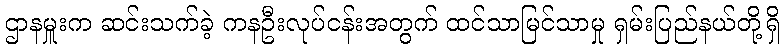
ဌာနမှူးက ဆင်းသက်ခဲ့ ကနဦးလုပ်ငန်းအတွက် ထင်သာမြင်သာမှု ရှမ်းပြည်နယ်တို့ရှိ